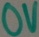
Text: 0V